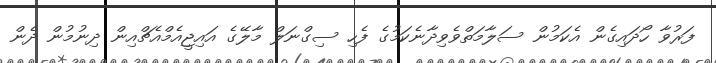
ފަރުވާ ހޯދައިގެން އެކަމުން ސަލާމަތްވެވިދާނެކަމުގެ ފެހި ސިގްނަލް މާލޭގެ އައިޖީއެމްއެޗްއިން ދިނުމުން ދެން